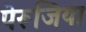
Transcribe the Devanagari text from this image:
पेरूजिया